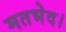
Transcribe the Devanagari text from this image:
मतभेद।